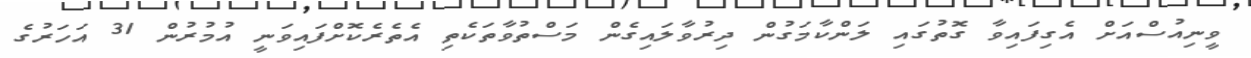
ވީނިއުސްއަށް އެގިފައިވާ ގޮތުގައި ލަންކާމަގުން ދިރުވާލައިގެން މަސްތުވާތަކެތި އެތެރެކޮށްފައިވަނީ އުމުރުން 31 އަހަރުގެ